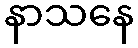
နာသနေ